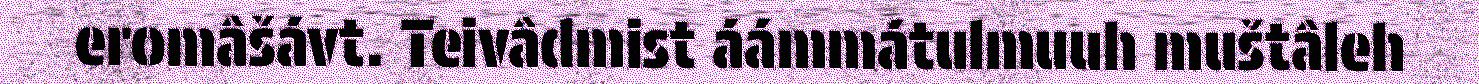
eromâšávt. Teivâdmist áámmátulmuuh muštâleh